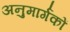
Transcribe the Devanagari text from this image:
अनुमार्गकों